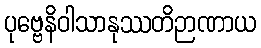
ပုဗ္ဗေနိဝါသာနုဿတိဉာဏာယ